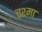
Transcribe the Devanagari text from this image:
चश्‍मा